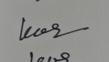
Signature authenticity: genuine